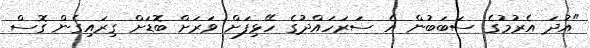
"އުދަ އެރުމުގެ ސަބަބުން އެ ސަރަހައްދުގެ ހޭޅިފަށް ވަރަށް ބޮޑަށް ގިރައިގެން ގޮސް